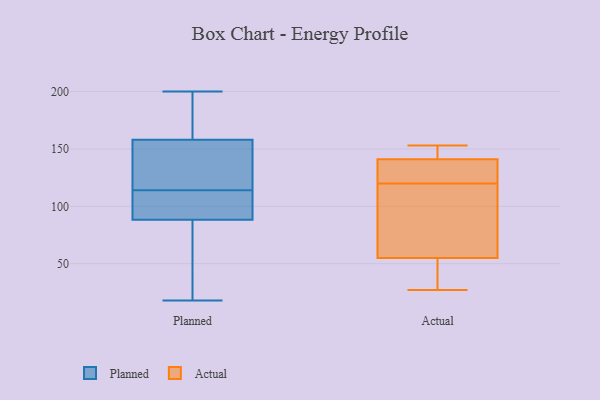
{"axis": {"x": "Headcount", "y": "Value"}, "legend": ["Actual", "Planned"], "data": [{"x": "", "y": 106, "type": "Planned"}, {"x": "", "y": 91, "type": "Planned"}, {"x": "", "y": 18, "type": "Planned"}, {"x": "", "y": 159, "type": "Planned"}, {"x": "", "y": 114, "type": "Planned"}, {"x": "", "y": 80, "type": "Planned"}, {"x": "", "y": 158, "type": "Planned"}, {"x": "", "y": 156, "type": "Planned"}, {"x": "", "y": 22, "type": "Planned"}, {"x": "", "y": 73, "type": "Planned"}, {"x": "", "y": 124, "type": "Planned"}, {"x": "", "y": 139, "type": "Planned"}, {"x": "", "y": 92, "type": "Planned"}, {"x": "", "y": 161, "type": "Planned"}, {"x": "", "y": 200, "type": "Planned"}, {"x": "", "y": 158, "type": "Planned"}, {"x": "", "y": 100, "type": "Planned"}, {"x": "", "y": 150, "type": "Actual"}, {"x": "", "y": 55, "type": "Actual"}, {"x": "", "y": 141, "type": "Actual"}, {"x": "", "y": 27, "type": "Actual"}, {"x": "", "y": 77, "type": "Actual"}, {"x": "", "y": 134, "type": "Actual"}, {"x": "", "y": 153, "type": "Actual"}, {"x": "", "y": 123, "type": "Actual"}, {"x": "", "y": 117, "type": "Actual"}, {"x": "", "y": 29, "type": "Actual"}]}